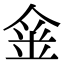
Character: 𨥄